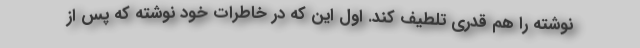
نوشته را هم قدری تلطیف کند. اول این که در خاطرات خود نوشته که پس از